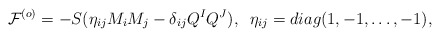
\begin{align*}{\cal F}^{(o)} = -S(\eta_{ij} M_i M_j -\delta_{ij}Q^I Q^J),\;\;\eta_{ij} = diag(1,-1,\dots,-1),\end{align*}